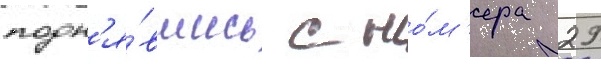
подн'я́вшись с но́м'ера 29